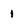
Character: 1